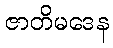
ဇာတိမဒေန